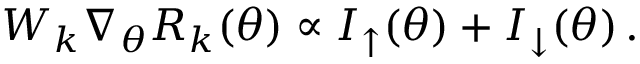
\begin{array} { r } { W _ { k } \nabla _ { \theta } R _ { k } ( \theta ) \propto I _ { \uparrow } ( \theta ) + I _ { \downarrow } ( \theta ) \, . } \end{array}